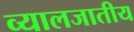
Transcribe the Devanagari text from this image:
व्यालजातीय